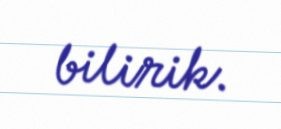
bilirik.